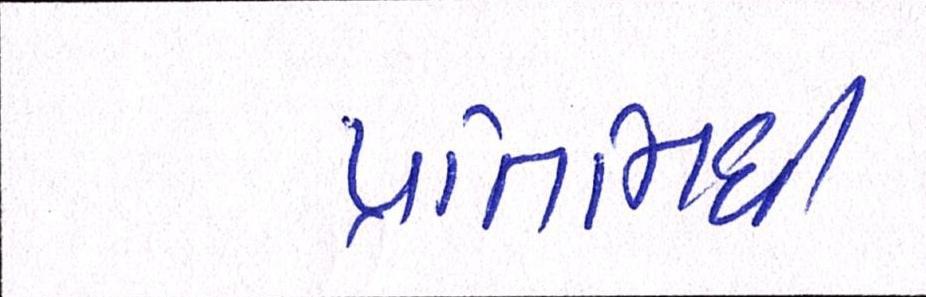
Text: પ્રતિનિધી